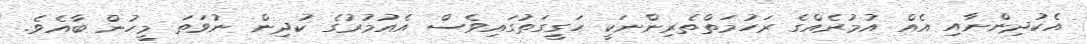
އެކުދިންނާއި އެއް އުމުރެއްގެ ރަހުމަތްތެރިންނަކީ ހަގީގަތުގައިވެސް އެއުމުރުގެ ކުދިން ނުވަތަ މީހުން ބާއެވެ.